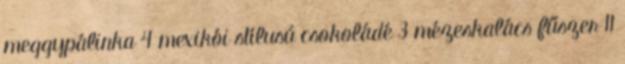
meggypálinka 4 mexikói stílusú csokoládé 3 mézeskalács fűszer 11